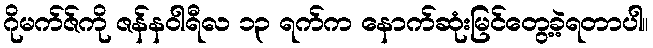
ဂိုမက်ဇ်ကို ဇန်နဝါရီလ ၁၃ ရက်က နောက်ဆုံးမြင်တွေ့ခဲ့ရတာပါ။